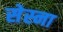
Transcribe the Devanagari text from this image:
सेस्ना